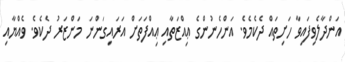
އަންދާލެވިފައިވާ ހަށިތައް ދެކެމެވެ. އަންހެނުންގެ ޢިއްޒަތާއި ޢިއްފަތަށް އަރައިގަންނަ މަންޒަރު ދެކެވެ. ވެއްޔާއި